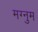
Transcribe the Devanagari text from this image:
मग्नुम